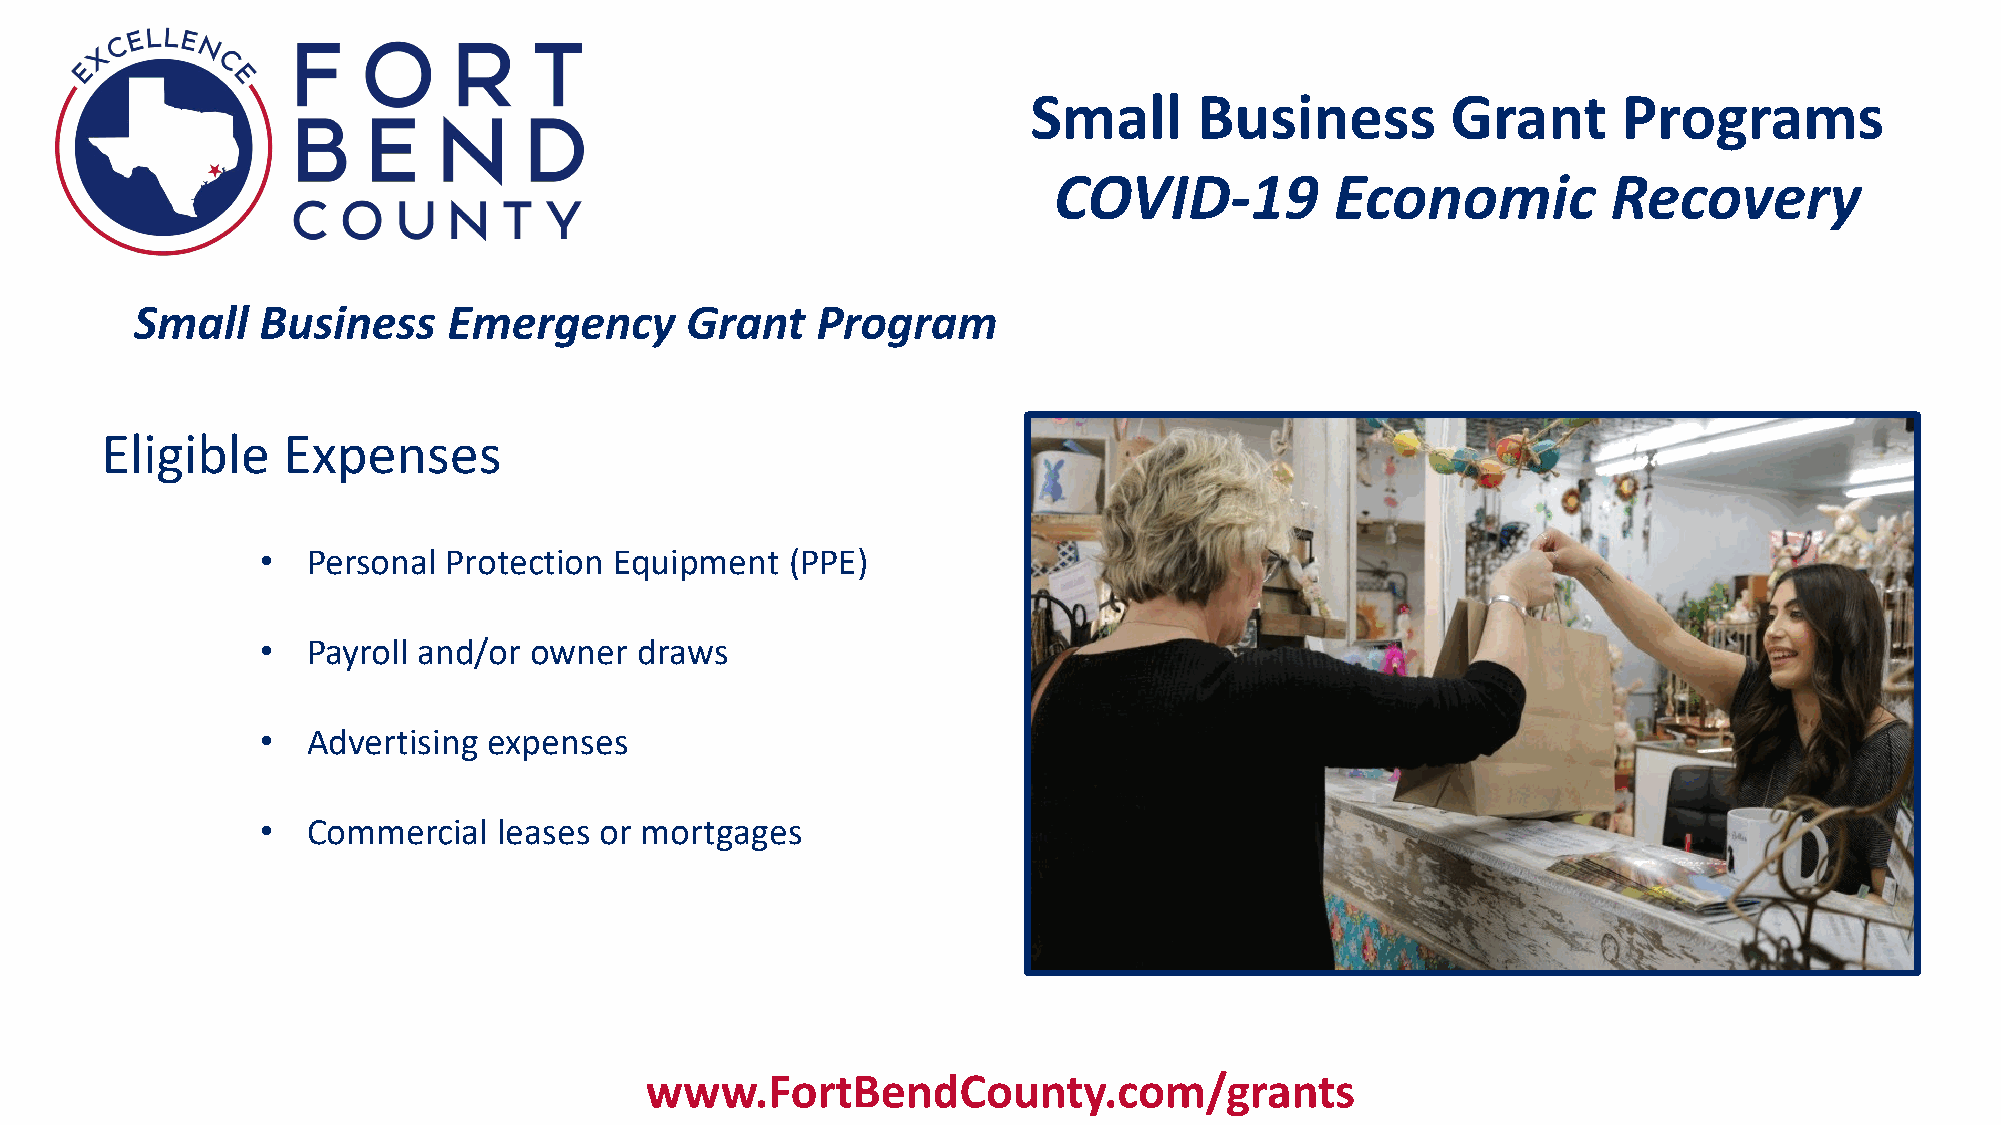
Small      Business         Grant      Programs
 COVID-19          Economic           Recovery
 Small   Business     Emergency      Grant    Program
 Eligible    Expenses
 •  Personal  Protection Equipment  (PPE)
 •  Payroll and/or owner  draws
 •  Advertising expenses
 •  Commercial   leases or mortgages
 www.FortBendCounty.com/grants